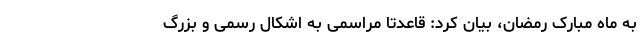
به ماه مبارک رمضان، بیان کرد: قاعدتا مراسمی به اشکال رسمی و بزرگ